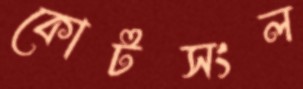
কোর্টসংল